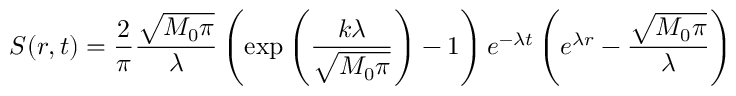
S ( r , t ) = \frac { 2 } { \pi } \frac { \sqrt { M _ { 0 } \pi } } { \lambda } \left( \exp \left( \frac { k \lambda } { \sqrt { M _ { 0 } \pi } } \right) - 1 \right) e ^ { - \lambda t } \left( e ^ { \lambda r } - \frac { \sqrt { M _ { 0 } \pi } } { \lambda } \right)